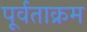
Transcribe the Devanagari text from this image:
पूर्वताक्रम